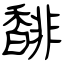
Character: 馡